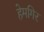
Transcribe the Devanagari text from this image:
हेमगिर